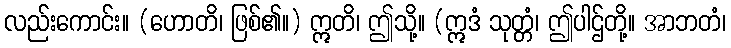
လည်းကောင်း။ (ဟောတိ၊ ဖြစ်၏။) ဣတိ၊ ဤသို့။ (ဣဒံ သုတ္တံ၊ ဤပါဌ်တို့။ အာဘတံ၊